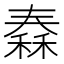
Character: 𥠼